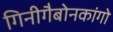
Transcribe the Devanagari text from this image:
गिनीगैबोनकांगो